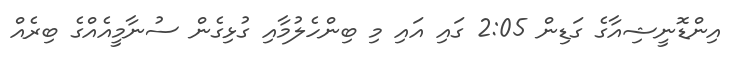
އިންޑޮނީޝިއާގެ ގަޑިން 2:05 ގައި އައި މި ބިންހެލުމާއި ގުޅިގެން ސުނާމީއެއްގެ ބިރެއް